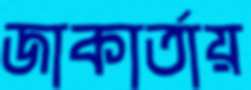
জাকার্তায়